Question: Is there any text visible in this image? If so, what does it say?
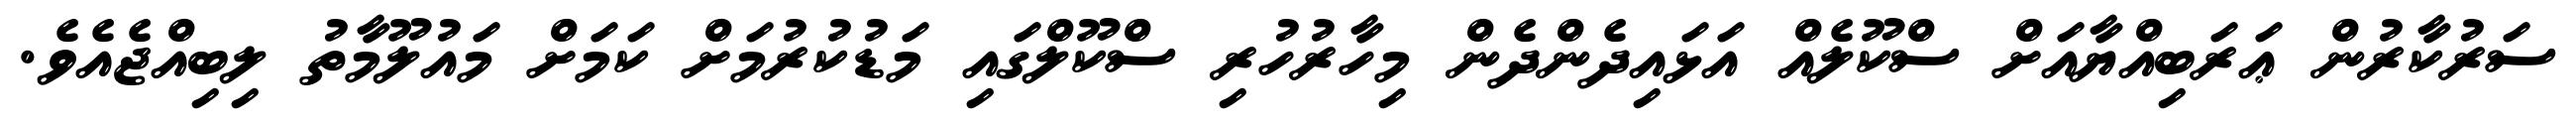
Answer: ސަރުކާރުން ޢަރަބިއްޔާއަށް ސްކޫލެއް އަޅައިދެންދެން މިހާރުހުރި ސްކޫލްގައި މަޑުކުރުމަށް ކަމަށް މައުލޫމާތު ލިބިއްޖެއެވެ.